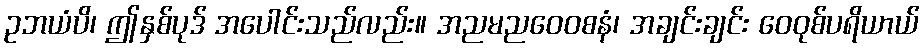
ဥဘယံပိ၊ ဤနှစ်ပုဒ် အပေါင်းသည်လည်း။ အညမညဝေဝစနံ၊ အချင်းချင်း ဝေဝုစ်ပရိယာယ်